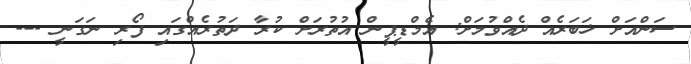
ސަންއަށް ޚަބަރެއް ދެއްވުމަށް: އެމްޑީޕީން އުތުރަށް ކުރާ ދަތުރެއްގައި ފޯރި ނަގަނީ ---